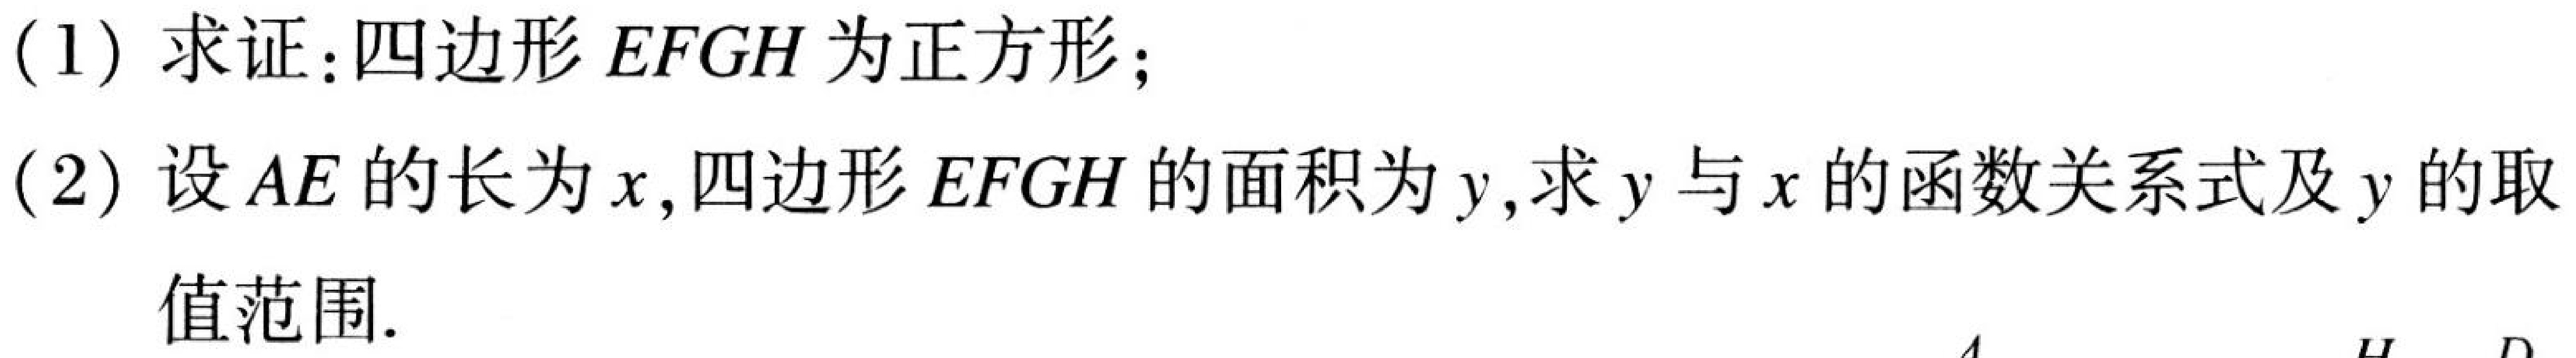
(1) 求证：四边形\(EFGH\)为正方形；
(2) 设\(AE\)的长为\(x\),四边形\(EFGH\)的面积为\(y\),求\(y\)与\(x\)的函数关系式及\(y\)的取
值范围.